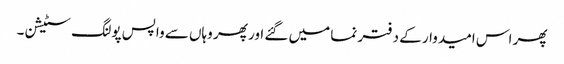
پھر اس امیدوار کے دفتر نما میں گئے اور پھر وہاں سے واپس پولنگ سٹیشن۔